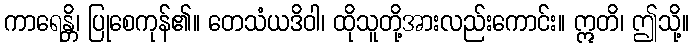
ကာရေန္တိ၊ ပြုစေကုန်၏။ တေသံယဒိဝါ၊ ထိုသူတို့အားလည်းကောင်း။ ဣတိ၊ ဤသို့။